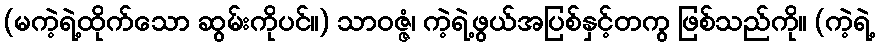
(မကဲ့ရဲ့ထိုက်သော ဆွမ်းကိုပင်။) သာဝဇ္ဇံ၊ ကဲ့ရဲ့ဖွယ်အပြစ်နှင့်တကွ ဖြစ်သည်ကို။ (ကဲ့ရဲ့